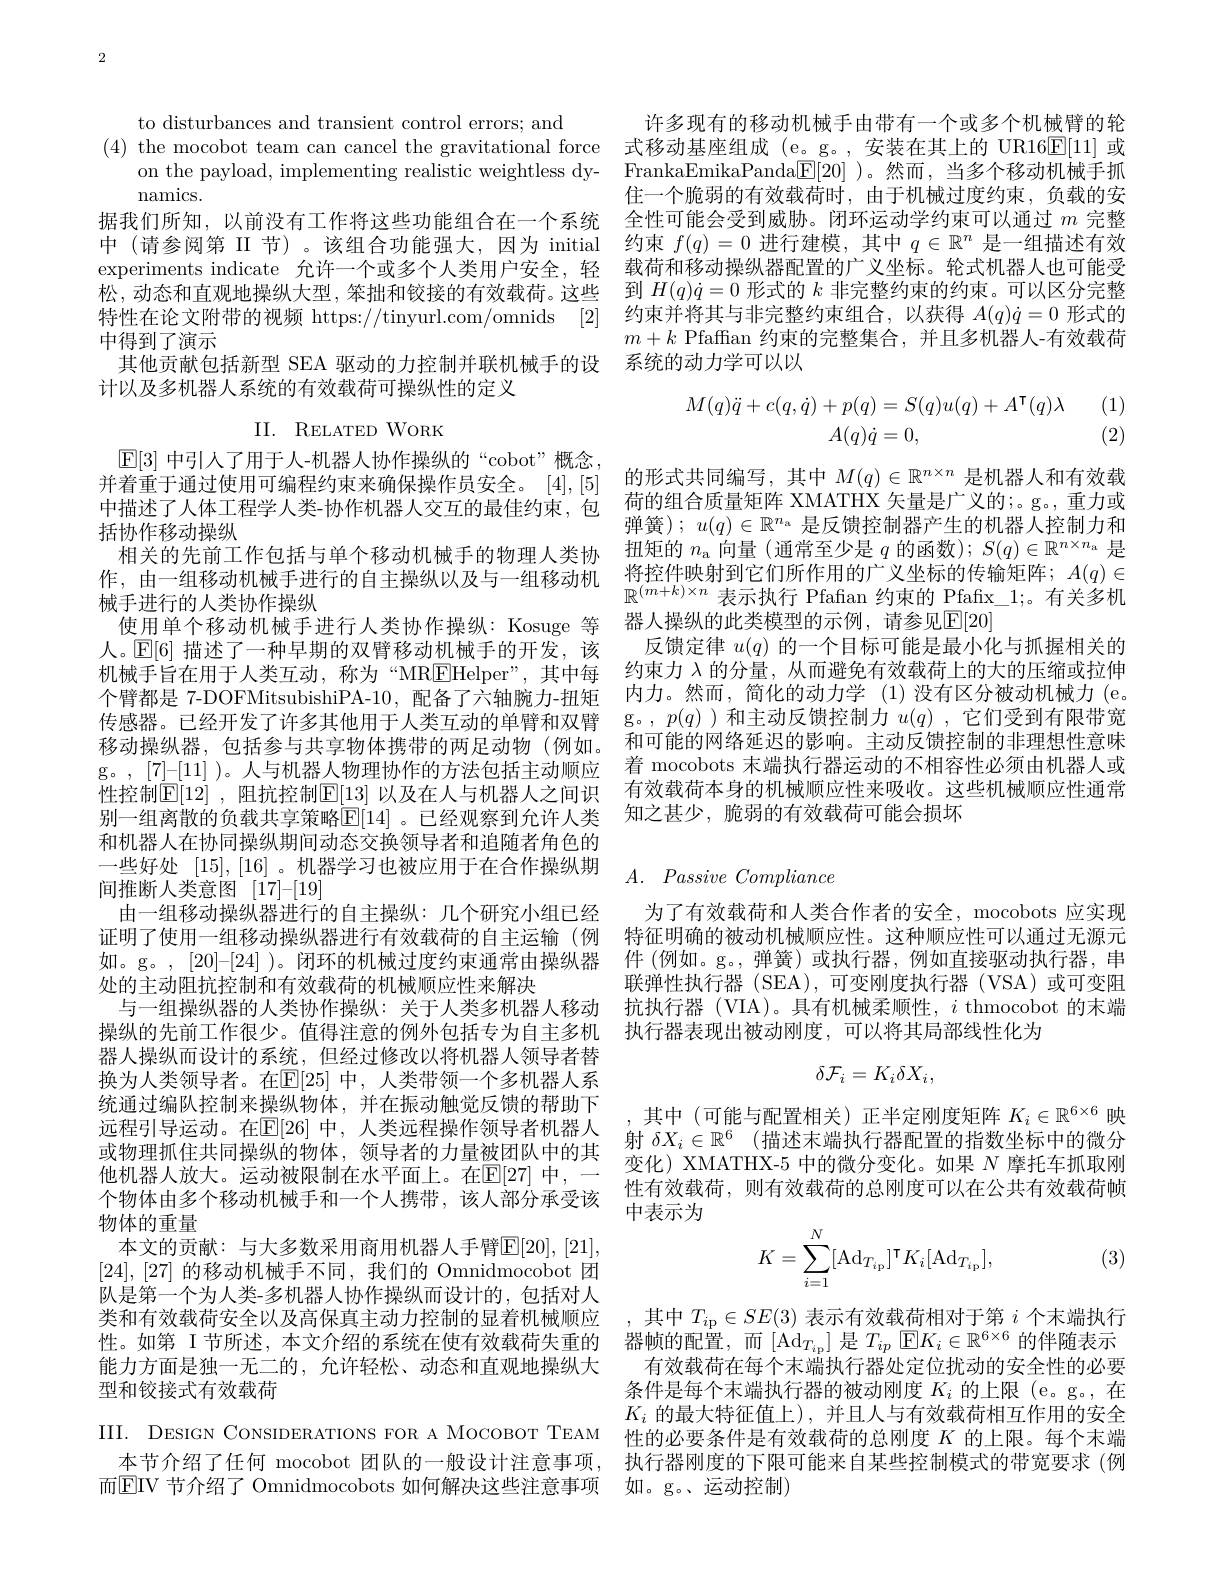
2

to disturbances and transient control errors; and
namics.
据我们所知，以前没有工作将这些功能组合在一个系统中 (请参阅第 II 节)。该组合功能强大，因为 initial experiments indicate 允许一个或多个人类用户安全，轻松，动态和直观地操纵大型，笨拙和铰接的有效载荷。这些特性在论文附带的视频 https://tinyurl.com/omnids [2] 中得到了演示
其他贡献包括新型 SEA 驱动的力控制并联机械手的设
计以及多机器人系统的有效载荷可操纵性的定义

II. RELATED WORK

$\mathbb{E}[3]$中引人了用于人-机器人协作操纵的“cobot”概念并着重于通过使用可编程约束来确保操作员安全。[4],[5] 括协作移动操纵
相关的先前工作包括与单个移动机械手的物理人类协使用单个移动机械手进行人类协作操纵：Kosuge 等
人。$\mathbb{E}[6]$描述了一种早期的双臂移动机械手的开发，该机械手旨在用于人类互动，称为“MR$\underline{\mathrm{E}}$Helper”,其中每个臂都是 7-DOFMitsubishiPA-10,配备了六轴腕力-扭矩传感器。已经开发了许多其他用于人类互动的单臂和双臂移动操纵器，包括参与共享物体携带的两足动物(例如。性控制$\mathbb{E}[12]$ ,阻抗控制$\mathbb{E}[\underline13]$ 以及在人与机器人之间识别一组离散的负载共享策略$\mathbb{E}[14]$ 。已经观察到允许人类和机器人在协同操纵期间动态交换领导者和追随者角色的间推断人类意图[17]-[19]
由一组移动操纵器进行的自主操纵：几个研究小组已经
证明了使用一组移动操纵器进行有效载荷的自主运输(例 特征明确的被动机械顺应性。这种顺应性可以通过无源元如。g。,[20]-[24] )。闭环的机械过度约束通常由操纵器 件 (例如。g。,弹簧)或执行器，例如直接驱动执行器，串处的主动阻抗控制和有效载荷的机械顺应性来解决
与一组操纵器的人类协作操纵：关于人类多机器人移动 抗执行器 (VIA)。具有机械柔顺性，$i$ thmocobot 的末端
操纵的先前工作很少。值得注意的例外包括专为自主多机 执行器表现出被动刚度，可以将其局部线性化为
器人操纵而设计的系统，但经过修改以将机器人领导者替换为人类领导者。在$\mathbb{E}[25]$ 中，人类带领一个多机器人系统通过编队控制来操纵物体，并在振动触觉反馈的帮助下远程引导运动。在$\mathbb{E}[26]$ 中，人类远程操作领导者机器人或物理抓住共同操纵的物体，领导者的力量被团队中的其他机器人放大。运动被限制在水平面上。在$\mathbb{E}[27]$ 中，一个物体由多个移动机械手和一个人携带，该人部分承受该物体的重量
本文的贡献：与大多数采用商用机器人手臂$\overline{\mathrm{E}}[20],[21]$ [24],[27]的移动机械手不同，我们的 Omnidmocobot 团队是第一个为人类-多机器人协作操纵而设计的，包括对人类和有效载荷安全以及高保真主动力控制的显着机械顺应性。如第 I 节所述，本文介绍的系统在使有效载荷失重的能力方面是独一无二的，允许轻松、动态和直观地操纵大型和铰接式有效载荷
III. DESIGN CONSIDERATIONS FOR A MOCOBOT TEAM

许多现有的移动机械手由带有一个或多个机械臂的轮
(4) the mocobot team can cancel the gravitational force 式移动基座组成 (e。g。,安装在其上的 UR16$\mathbb{E}[11]$或
on the payload, implementing realistic weightless dy- FrankaEmikaPanda$\boxed{\mathrm{F}}[20]$ )。然而，当多个移动机械手抓
住一个脆弱的有效载荷时，由于机械过度约束，负载的安全性可能会受到威胁。闭环运动学约束可以通过$m$完整约束$f(q)=0$进行建模，其中$q\in\mathbb{R}^n$是一组描述有效载荷和移动操纵器配置的广义坐标。轮式机器人也可能受到$H(q)\dot{q}=0$形式的$k$非完整约束的约束。可以区分完整约束并将其与非完整约束组合，以获得$A(q)\dot{q}=0$形式的$m+k$ Pfaffan 约束的完整集合，并且多机器人-有效载荷系统的动力学可以以
$$\begin{array}{c}M(q)\ddot{q}+c(q,\dot{q})+p(q)=S(q)u(q)+A^\intercal(q)\lambda\\A(q)\dot{q}=0,\end{array}$$
(1) (2)

的形式共同编写，其中$M(q)\in\mathbb{R}^{n\times n}$是机器人和有效载
中描述了人体工程学人类-协作机器人交互的最佳约束，包 荷的组合质量矩阵 XMATHX 矢量是广义的；。g。重力或
弹簧); $u(q)\in\mathbb{R}^n_\mathrm{a}$是反馈控制器产生的机器人控制力和扭矩的$n_\mathrm{a}$向量 (通常至少是$q$的函数); $S(q)\in\mathbb{R}^n\times n_\mathrm{a}$是
作 , 由 一 组 移 动 机 械 手 进 行 的 自 主 操 纵 以 及 与 一 组 移 动 机 将 控 件 映 射 到 它 们 所 作 用 的 广 义 坐 标 的 传 输 矩 阵 ; $A( q) \in$ 械 手 进 行 的 人 类 协 作 操 纵 $\mathbb{R} ^{( m+ k) \times n}$表 示 执 行 Pfaffan 约 束 的 Pfafix\_ 1; 。有 关 多 机 映 $L\text{ 时 仙 址 业 并 把 四 位 一 }_\text{阿 }{\text{ 其 台 口 }}\nabla$Facol
器人操纵的此类模型的示例，请参见$\mathbb{E}[20]$
反馈定律$u(q)$的一个目标可能是最小化与抓握相关的约束力$\lambda$的分量，从而避免有效载荷上的大的压缩或拉伸内力。然而，简化的动力学(1)没有区分被动机械力(e. g。,$p(q)$ )和主动反馈控制力$u(q)$ ,它们受到有限带宽和可能的网络延迟的影响。主动反馈控制的非理想性意味
g。,[7]–[11])。人与机器人物理协作的方法包括主动顺应 着 mocobots 末端执行器运动的不相容性必须由机器人或g。,[7]–[11])。人与机器人物理协作的方法包括主动顺应 右效截若本单的却越师应杜来耶收 这些机械顺应灶通常
有效载荷本身的机械顺应性来吸收。这些机械顺应性通常
知之甚少，脆弱的有效载荷可能会损坏

# 一些好处$\begin{array} { c } [ 15] , [ 16] & \text{。机 器 学 习 也 被 应 用 于 在 合 作 操 纵 期 }\\ \text{间 推 断 人 类 音 图 }[ 17] - [ 19] \end{array}$ $A.$ Passive Compliance

为了有效载荷和人类合作者的安全，mocobots 应实现联弹性执行器 (SEA),可变刚度执行器 (VSA)或可变阻
$$\delta\mathcal{F}_i=K_i\delta X_i,$$
,其中(可能与配置相关)正半定刚度矩阵$K_i\in\mathbb{R}^{6\times6}$映射 $\delta X_i\in \mathbb{R} ^6$ (描述末端执行器配置的指数坐标中的微分变化) XMATHX-5 中的微分变化。如果$N$摩托车抓取刚性有效载荷，则有效载荷的总刚度可以在公共有效载荷帧中表示为
$$K=\sum_{i=1}^N[\mathrm{Ad}_{T_{i\text{p}}}]^\intercal K_i[\mathrm{Ad}_{T_{i\text{p}}}],$$
(3)

,其中$T_i$p$\in SE( 3)$表示有效载荷相对于第$i$个末端执行器帧的配置，而$\left[\mathrm{Ad}_{T_{i\text{p}}}\right]$是$T_ip\left[\mathrm{E}K_i\in\mathbb{R}^{6\times6}\text{ 的伴随表示}\right]$
有效载荷在每个末端执行器处定位扰动的安全性的必要条件是每个末端执行器的被动刚度$K_i$的上限 (e。g。, 在$K_i$的最大特征值上),并且人与有效载荷相互作用的安全性的必要条件是有效载荷的总刚度$K$的上限。每个末端
本节介绍了任何 mocobot 团队的一般设计注意事项，执行器刚度的下限可能来自某些控制模式的带宽要求 (例
而$\operatorname{EIV}$ 节介绍了 Omnidmocobots 如何解决这些注意事项 如。g。、运动控制)